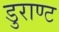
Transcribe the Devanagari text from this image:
डुराण्ट